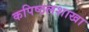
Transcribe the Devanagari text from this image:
कपिष्ठलशाखा